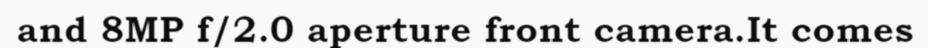
and 8MP f/2.0 aperture front camera.It comes